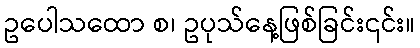
ဥပေါသထော စ၊ ဥပုသ်နေ့ဖြစ်ခြင်း၎င်း။